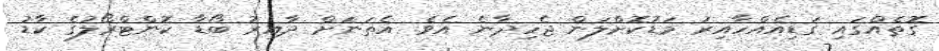
ގޮތެއްގައި ގަޑިއެއްހާއިރު މަޑުކޮށްލަން ޖެހިދާނެ އެވެ. އެތަނަށް ދާއިރު ބޯޑާ ކޮންޓްރޯލުގެ ކާޑު